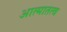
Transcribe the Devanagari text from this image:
आत्मातत्व